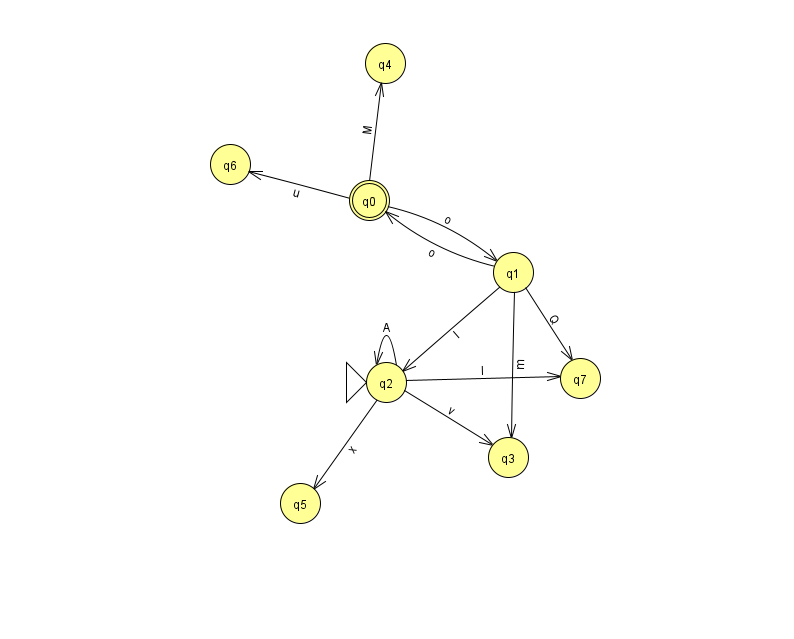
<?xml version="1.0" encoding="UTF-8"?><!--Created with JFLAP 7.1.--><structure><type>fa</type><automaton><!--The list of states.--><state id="0" name="q0"><x>369.0</x><y>187.0</y><final/></state><state id="1" name="q1"><x>513.0</x><y>259.0</y></state><state id="2" name="q2"><x>386.0</x><y>369.0</y><initial/></state><state id="3" name="q3"><x>508.0</x><y>444.0</y></state><state id="4" name="q4"><x>385.0</x><y>50.0</y></state><state id="5" name="q5"><x>300.0</x><y>490.0</y></state><state id="6" name="q6"><x>230.0</x><y>151.0</y></state><state id="7" name="q7"><x>580.0</x><y>365.0</y></state><!--The list of transitions.--><transition><from>2</from><to>2</to><read>A</read></transition><transition><from>1</from><to>2</to><read>I</read></transition><transition><from>2</from><to>5</to><read>x</read></transition><transition><from>0</from><to>4</to><read>M</read></transition><transition><from>2</from><to>7</to><read>I</read></transition><transition><from>0</from><to>1</to><read>o</read></transition><transition><from>0</from><to>6</to><read>u</read></transition><transition><from>1</from><to>0</to><read>o</read></transition><transition><from>1</from><to>3</to><read>m</read></transition><transition><from>1</from><to>7</to><read>Q</read></transition><transition><from>2</from><to>3</to><read>v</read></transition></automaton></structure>